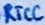
Text: RTCC